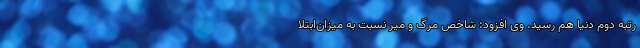
رتبه دوم‌ دنیا هم رسید. وی افزود: شاخص مرگ و میر نسبت به میزان‌ابتلا